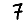
Digit: 7